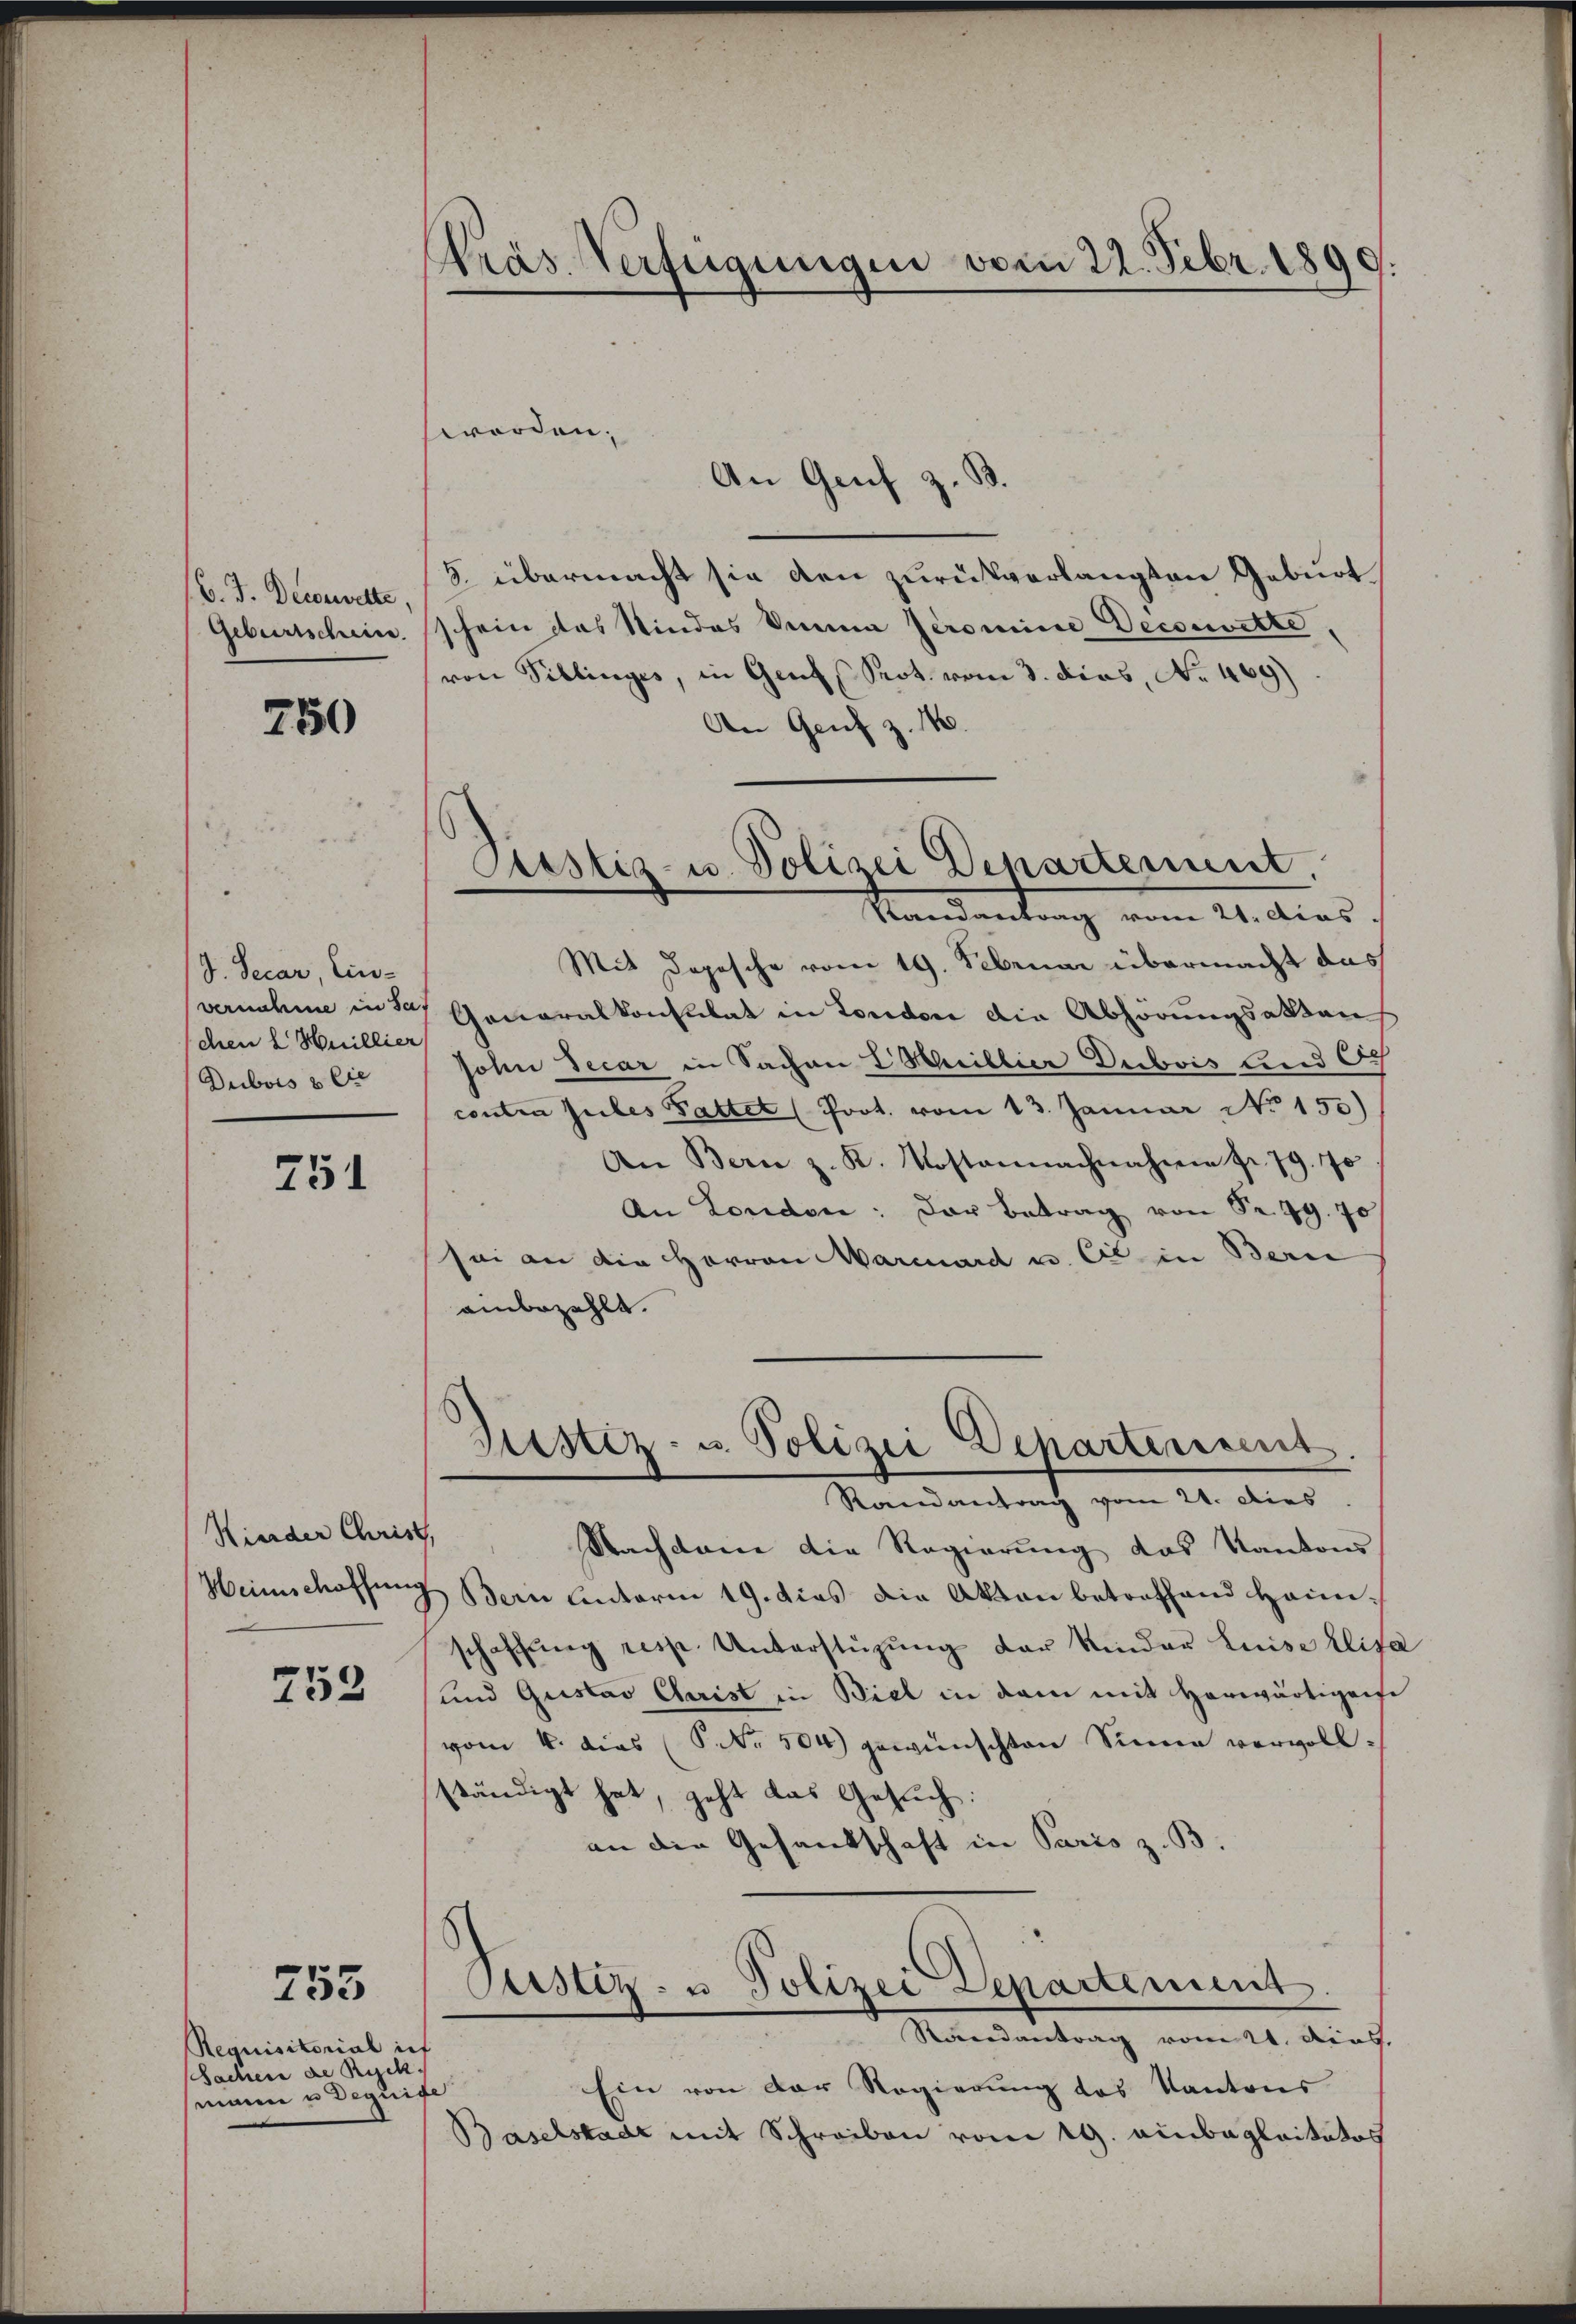
B. J. Decorwelte,
Geburtschein.

750

J. Secar, Einvernahme in Sa
chen 2 Huillier
Dubois & Cie

751

Hieder Christ

253

255

Requisitorial in
Sachen de Rych
mann u Dequis

Präs. Verfügungen vom 22. Febr. 1890.

Piustiz- u. Polizei Departement.
Randantrag vom 21. dies

worden;
An Genf z. B.
5. übermacht sie den zurückverlangten Geburt
schein das Kindes Sinne Peromine Decsewitte
von Pillinges, in Genf, Prot. vom 3. dies, No 469)
An Genf z. N
Mit Depesche vom 19. Februar übermacht das
Generalkonsulat in London die Abhörungsakten
John Secar in Sachen L. Millier Dubois Land Sch
centia suites Pattet (Prot. vom 13. Januar No 150)
An Bern z. K. Kostennachnahme fr. 79. 70
An London: Der Betrag von Sr. 99. 70
sei an die Herren Marcuard u. Cie in Bern
ainbezahlt.
Justiz- u. Polizei Scharterrent
Mandesrath vom 20. dies
.
Nachdem die Regierung das Kantons
Heimschaffŭng Bern unterm 19. dies die Akten betreffend Heinschaffŭng resp. Unterstüzung der Kinder Luise blic
und Quistav Clerist in Biel in dem mit Horwärtigen
vom 4. dies (S. Nr. 504) gewünschten Sinne vervollständigt hat, geht das Gesuch:
an die Gesandschaft in Paris z. B.
Custiz- u. Polizei Departement.
Randantrag vom 21. dies
Ein von der Regierung des Kantons
.
Baselstadt mit Schreiben vom 19. Ambaglaitatos